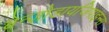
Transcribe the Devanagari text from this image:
बेन्ज़ोडायजिपाइन्स